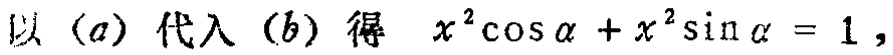
以\((a)\)代入\((b)\)得 \(x^{2}\cos\alpha + x^{2}\sin\alpha = 1\)，